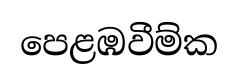
පෙළඹවීම්ක